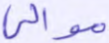
موالي